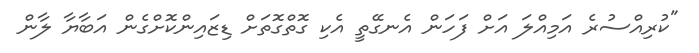
"ކުރިއްސުރެ އަމިއްލަ އަށް ފަހަން އެނގޭތީ އެކި ގޮތްގޮތަށް ޑިޒައިންކޮށްގެން އަބާޔާ ލާން